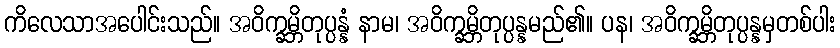
ကိလေသာအပေါင်းသည်။ အဝိက္ခမ္ဘိတုပ္ပန္နံ နာမ၊ အဝိက္ခမ္ဘိတုပ္ပန္နမည်၏။ ပန၊ အဝိက္ခမ္ဘိတုပ္ပန္နမှတစ်ပါး